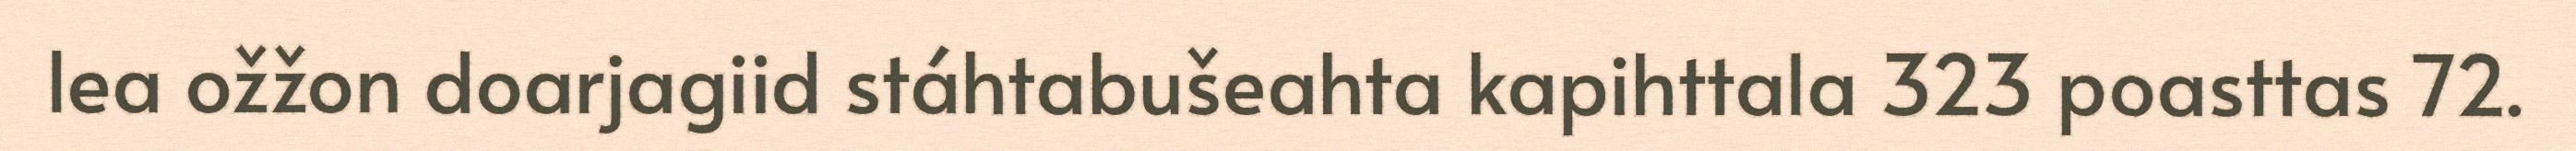
lea ožžon doarjagiid stáhtabušeahta kapihttala 323 poasttas 72.